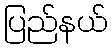
ပြည်နယ်